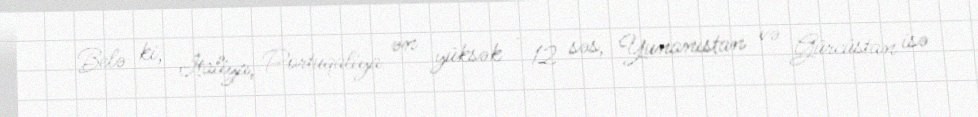
Belə ki, İtaliya, Portuqaliya ən yüksək - 12 səs, Yunanıstan və Gürcüstan isə